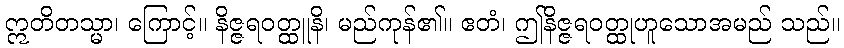
ဣတိတသ္မာ၊ ကြောင့်။ နိဇ္ဇရဝတ္ထူနိ၊ မည်ကုန်၏။ ဧတံ၊ ဤနိဇ္ဇရဝတ္ထုဟူသောအမည် သည်။